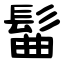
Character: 髷